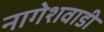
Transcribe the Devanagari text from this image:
नागेशवाडी